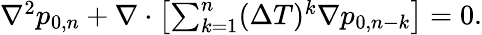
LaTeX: \begin{array}{r}{\nabla^{2}p_{0,n}+\nabla\cdot\left[\sum_{k=1}^{n}(\Delta T)^{k}\nabla p_{0,n-k}\right]=0.}\end{array}